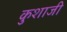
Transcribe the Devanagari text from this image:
कुशाजी